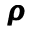
\pmb { \rho }